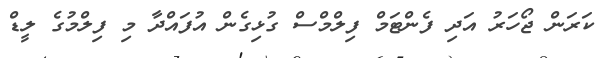
ކަރަން ޖޯހަރު އަދި ފެންޓަމް ފިލްމްސް ގުޅިގެން އުފައްދާ މި ފިލްމުގެ ލީޑް